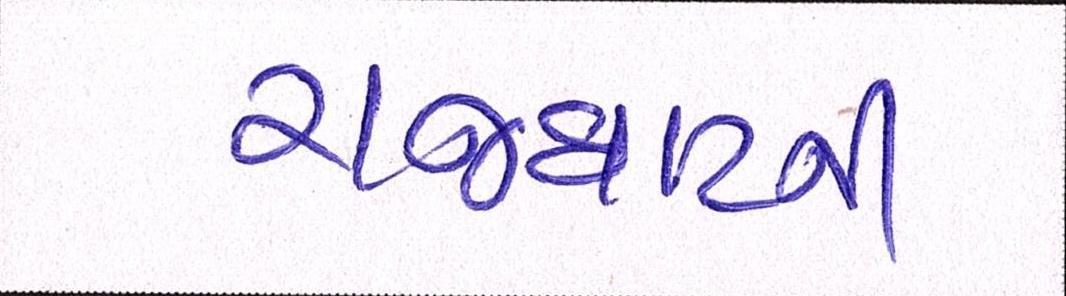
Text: રાજઘાટની